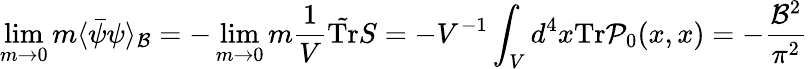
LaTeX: \operatorname*{lim}_{m\to 0}m\langle\bar{\psi}\psi\rangle_{\cal B}=-\operatorname*{lim}_{m\to 0}m\frac{1}{V}\tilde{\mathrm{Tr}}S=-V^{-1}\int_{V}d^{4}x\mathrm{Tr}{\cal P}_{0}(x,x)=-\frac{{\cal B}^{2}}{\pi^{2}}